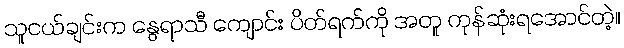
သူငယ်ချင်းက နွေရာသီ ကျောင်း ပိတ်ရက်ကို အတူ ကုန်ဆုံးရအောင်တဲ့။